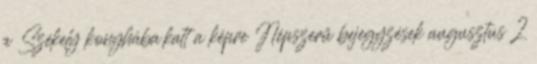
a Székely konyhába,katt a képre Népszerű bejegyzések augusztus 2